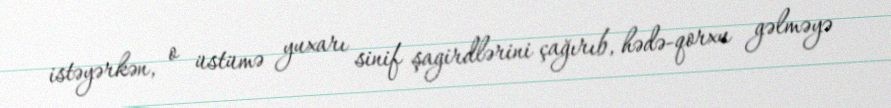
istəyərkən, o üstümə yuxarı sinif şagirdlərini çağırıb, hədə-qorxu gəlməyə